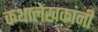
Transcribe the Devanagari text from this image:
कथालेखकांनी